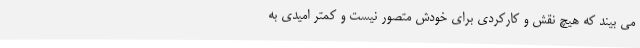
می بیند که هیچ نقش و کارکردی برای خودش متصور نیست و کمتر امیدی به